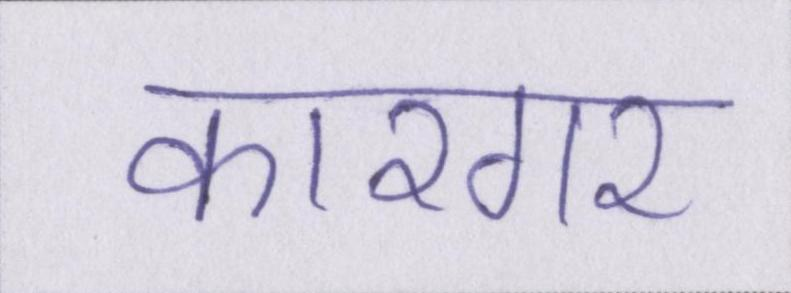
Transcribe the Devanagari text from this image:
कारगर